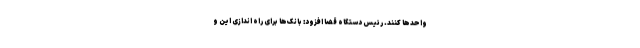
واحدها کنند. رئیس دستگاه قضا افزود: بانک‌ها برای راه اندازی این و